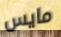
مايس